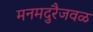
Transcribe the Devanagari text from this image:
मनमदुरैजवळ